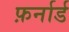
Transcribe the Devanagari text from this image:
फ़र्नार्ड